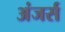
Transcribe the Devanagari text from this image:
अंजर्स